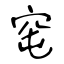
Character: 窀